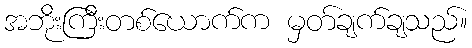
အဘိုးကြီးတစ်ယောက်က မှတ်ချက်ချသည်။